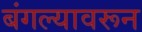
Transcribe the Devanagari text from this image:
बंगल्यावरून